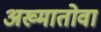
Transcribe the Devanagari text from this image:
अख्मातोवा